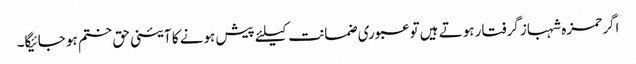
اگر حمزہ شہباز گرفتار ہوتے ہیں تو عبوری ضمانت کیلئے پیش ہونے کا آئینی حق ختم ہو جائیگا۔